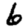
Digit: 6